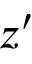
z ^ { \prime }